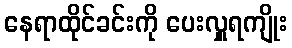
နေရာထိုင်ခင်းကို ပေးလှူရကျိုး